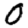
Digit: 0